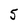
Character: 5